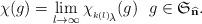
LaTeX: \begin{align*}\chi(g)=\lim_{l\to\infty}\chi_{_{^{k(l)}\!{\scriptstyle\lambda}}}(g)~~g\in\mathfrak{S}_{\widehat{\mathbf{n}}}.\end{align*}